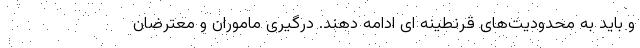
و باید به محدودیت‌های قرنطینه ای ادامه دهند. درگیری ماموران و معترضان